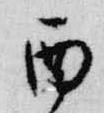
酉